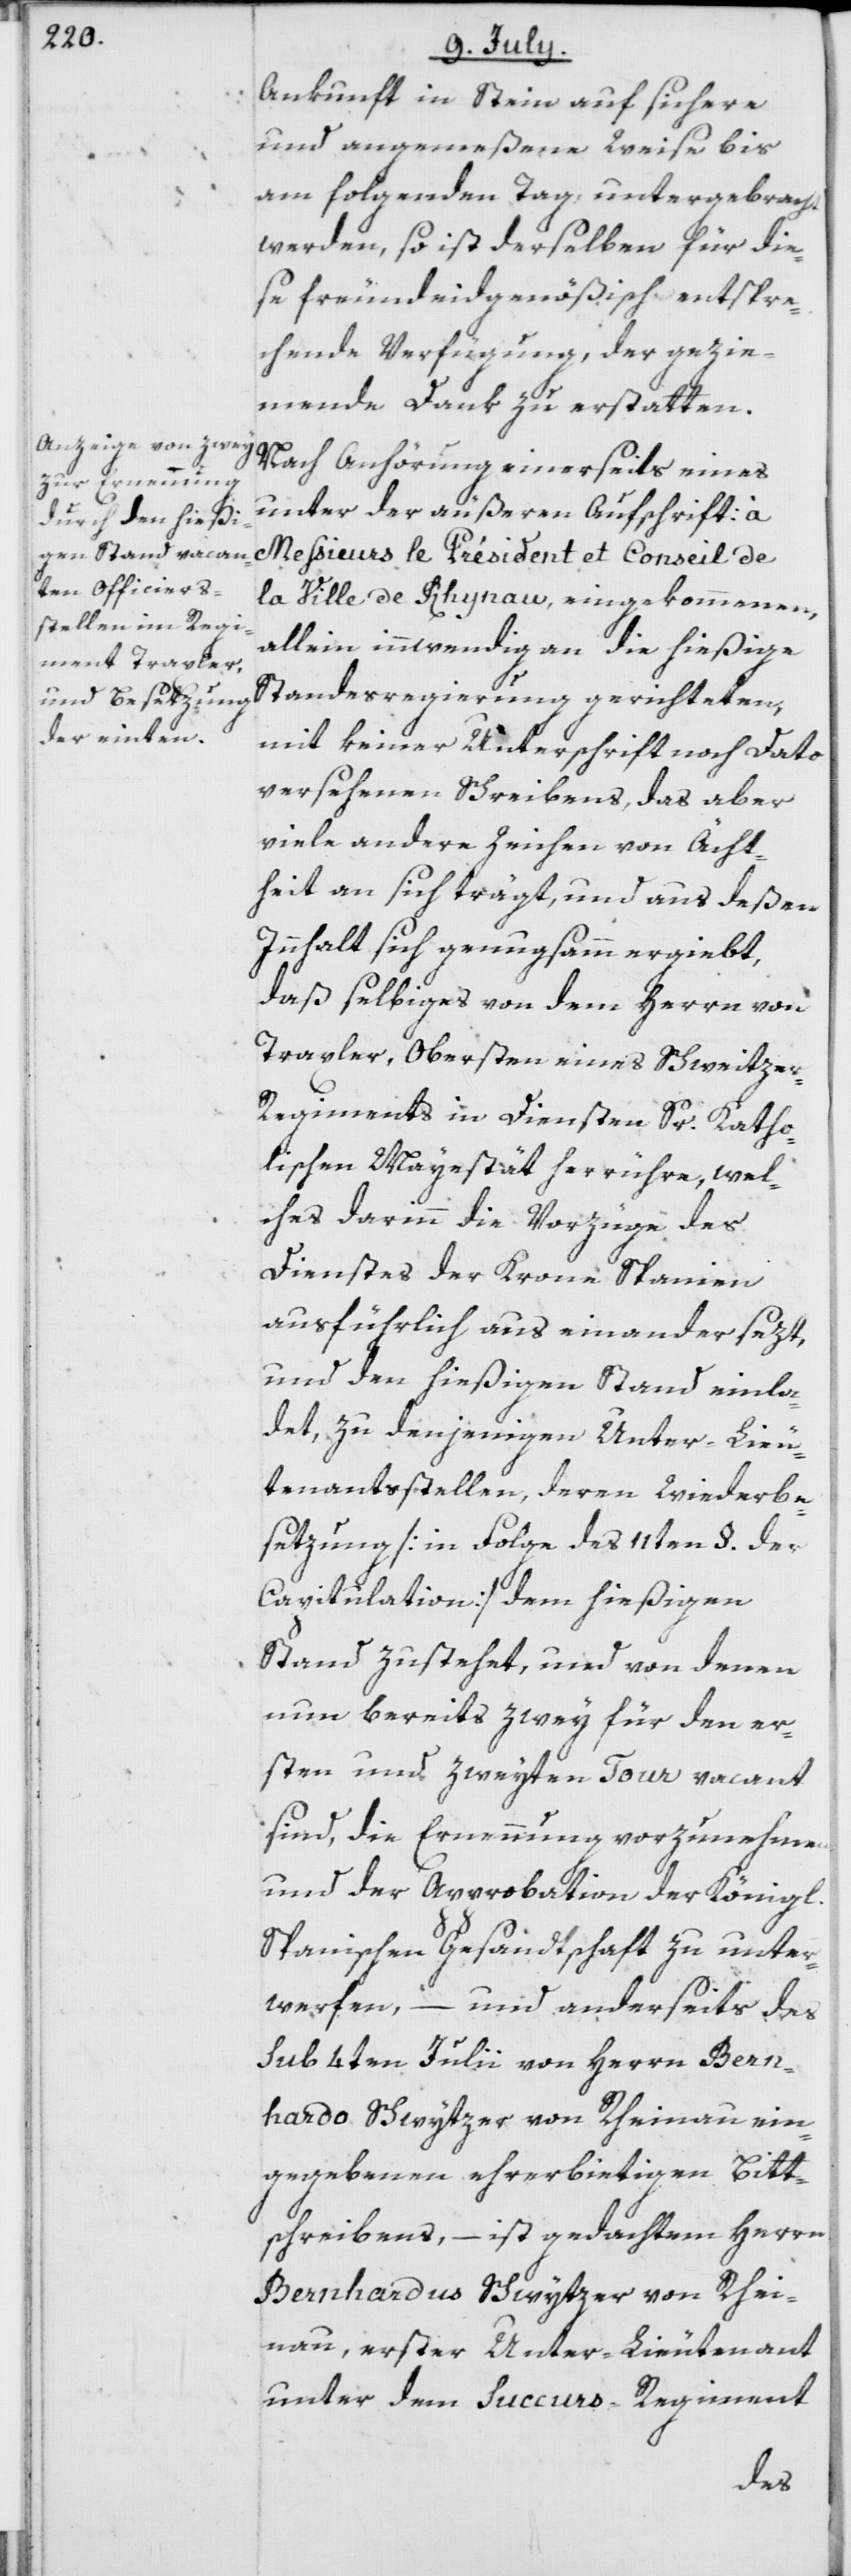
Ankunft in Stein auf sichere
und angemeßene Weise bis
am folgenden Tag, untergebracht
werden, so ist derselben für die¬
se freundeidgenößisch entspre¬
chende Verfügung, der gezie¬
mende Dank zu erstatten.
Nach Anhörung einerseits eines
unter der äußeren Aufschrift: à
Messieurs le Président et Conseil de
la Ville de Rhynau, eingekommenen,
allein innwendig an die hießige
Standesregierung gerichteten,
mit keiner Unterschrift noch Dato
versehenen Schreibens, das aber
viele andere Zeichen von Ächt¬
heit an sich trägt, und aus deßen
Innhalt sich genugsamm ergiebt,
daß selbiges von dem Herrn von
Traxler, Obersten eines Schweitze¬
r-Regiments in Diensten Sr. Katho¬
lischen Mayestät herrühre, wel¬
ches darinn die Vorzüge des
Dienstes der Krone Spanien
ausführlich auseinandersezt,
und den hießigen Stand einla¬
det, zu denjenigen Unter-Lieu¬
tenantsstellen, deren Wiederbe¬
setzung [in Folge des 11ten §. der
Capitulation] dem hießigen
Stand zustehet, und von denen
nun bereits zwey für den er¬
sten und zweyten Tour vacant
sind, die Ernennung vorzunehmen
und der Approbation der Königl.
Spanischen Gesandtschaft zu unter¬
werfen, – und anderseits des
sub 4ten Julii von Herrn Bern¬
hardo Schwytzer von Rheinau ein¬
gegebenen ehrerbietigen Bitt¬
schreibens, – ist gedachtem Herrn
Bernhardus Schwytzer von Rhei¬
nau, erster Unter-Lieutenant
unter dem Succurs-Regiment